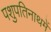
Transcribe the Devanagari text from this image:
पशुपतिनाथमें